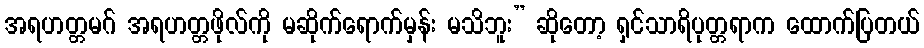
အရဟတ္တမဂ် အရဟတ္တဖိုလ်ကို မဆိုက်ရောက်မှန်း မသိဘူး” ဆိုတော့ ရှင်သာရိပုတ္တရာက ထောက်ပြတယ်